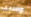
وسبب